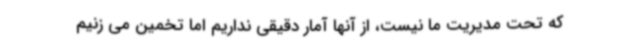
که تحت مدیریت ما نیست، از آنها آمار دقیقی نداریم اما تخمین می زنیم